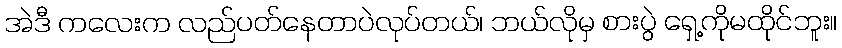
အဲဒီ ကလေးက လည်ပတ်နေတာပဲလုပ်တယ်၊ ဘယ်လိုမှ စားပွဲ ရှေ့ကိုမထိုင်ဘူး။